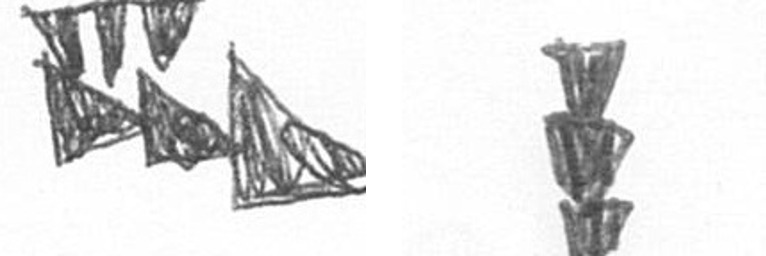
D E